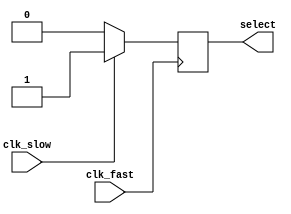
`timescale 1ns / 1ps
//////////////////////////////////////////////////////////////////////////////////
// Company: 
// Engineer: 
// 
// Design Name: 
// Module Name: memAddressSelectUnit
// Project Name: 
// Target Devices: 
// Tool Versions: 
// Description: 
// 
// Dependencies: 
// 
// Revision:
// Revision 0.01 - File Created
// Additional Comments:
// 
//////////////////////////////////////////////////////////////////////////////////


module memAddressSelectUnit(
    input clk_fast,
    input clk_slow,
    output reg select
    );
    
    always @ (posedge clk_fast) begin
        if(clk_slow == 0)
            select = 0;
        else
            select = 1;
    end
    
endmodule